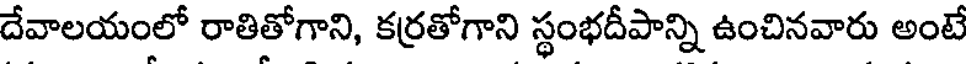
దేవాలయంలో రాతితోగాని, కర్రతోగాని స్థంభదీపాన్ని ఉంచినవారు అంటే